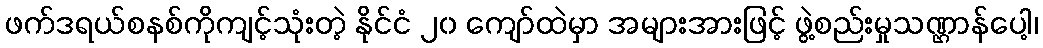
ဖက်ဒရယ်စနစ်ကိုကျင့်သုံးတဲ့ နိုင်ငံ ၂၀ ကျော်ထဲမှာ အများအားဖြင့် ဖွဲ့စည်းမှုသဏ္ဌာန်ပေါ့၊